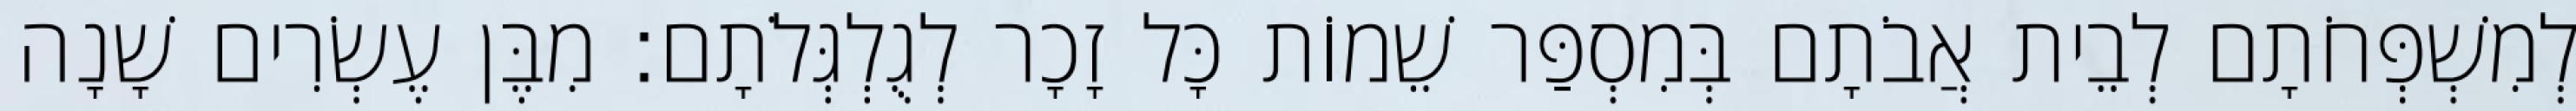
לְמִשְׁפְּחֹתָם לְבֵית אֲבֹתָם בְּמִסְפַּר שֵׁמוֹת כָּל זָכָר לְגֻלְגְּלֹתָם׃ מִבֶּן עֶשְׂרִים שָׁנָה